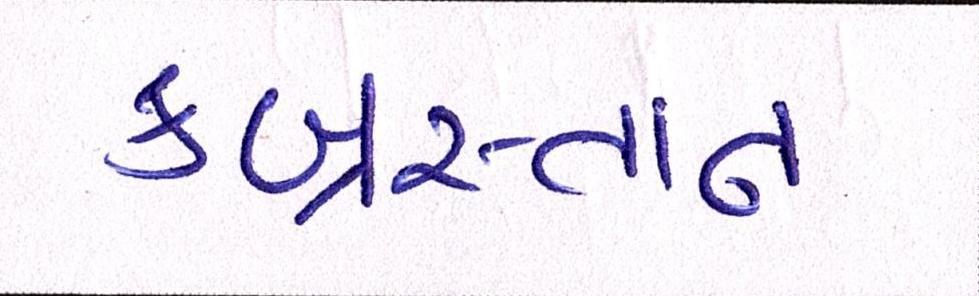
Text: કબ્રસ્તાન